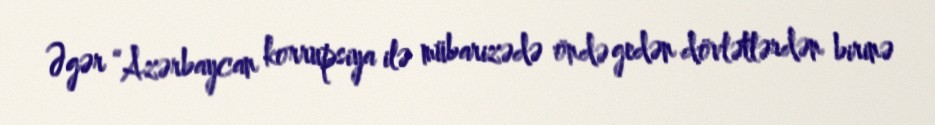
Əgər “Azərbaycan korrupsiya ilə mübarizədə öndə gedən dövlətlərdən birinə